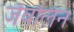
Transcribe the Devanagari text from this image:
जैवलिन